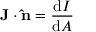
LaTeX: \mathbf { J } \cdot \mathbf { \hat { n } } = { \frac { \mathrm { d } I } { \mathrm { d } A } } \,